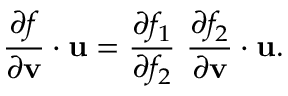
{ \frac { \partial f } { \partial \mathbf { v } } } \cdot \mathbf { u } = { \frac { \partial f _ { 1 } } { \partial f _ { 2 } } } ~ { \frac { \partial f _ { 2 } } { \partial \mathbf { v } } } \cdot \mathbf { u } .